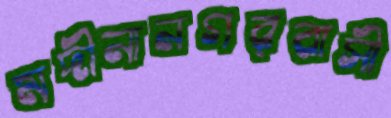
মদীনানগরবাসী